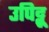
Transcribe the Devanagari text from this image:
उपिट्टू